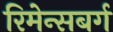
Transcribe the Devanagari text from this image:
रिमेन्सबर्ग